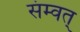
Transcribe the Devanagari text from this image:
संम्वत्